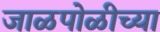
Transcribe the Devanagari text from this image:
जाळपोळीच्या